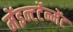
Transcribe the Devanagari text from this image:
मेंइन्टर्टेन्मेंट